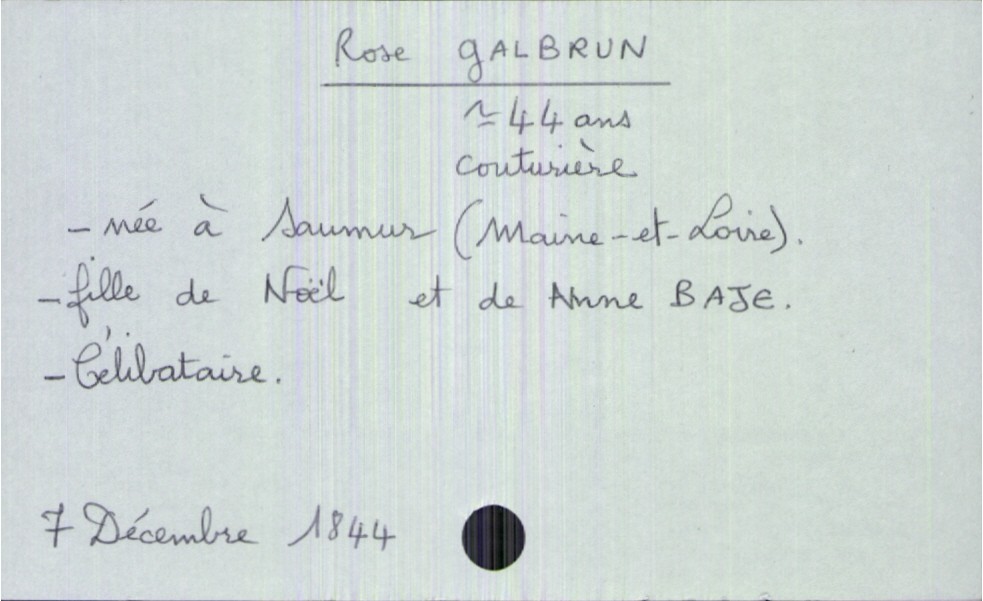
type_acte: Décès
année: 1844
mois: décembre
jour: 7
défunt_nom: Galbrun
défunt_prénom: Rose
défunt_sexe: F
défunt_âge: 44 ans
défunt_profession: couturière
défunt_lieu_de_naissance: Saumur (Maine-et-Loire)
défunt_statut: célibataire
père_défunt_nom: Galbrun
père_défunt_prénom: Noël
mère_défunt_nom: Baje
mère_défunt_prénom: Anne